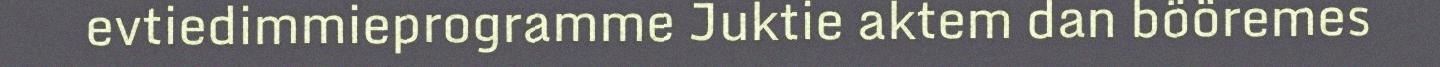
evtiedimmieprogramme Juktie aktem dan bööremes